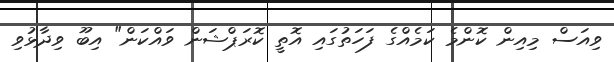
ވިއަސް މިއިން ކޮންމެ ކަމެއްގެ ފަހަތުގައި އޮތީ ކޮރަޕްޝަން ވައްކަން" އިބޫ ވިދާޅުވި